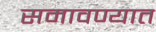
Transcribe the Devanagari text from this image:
समावण्यात